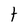
Character: t